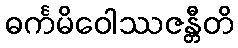
ဓင်္ကမိဝေါဿဇန္တီတိ